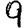
Digit: 9